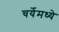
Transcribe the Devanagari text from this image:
चर्येमध्ये